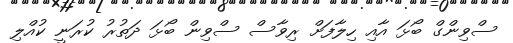
ސްވިންގް ބޯޅަ އާއި ހިލާފަށް ރިވާސް ސްވިން ބޯޅަ ދަތުރު ކުރަނީ ކުއްލި